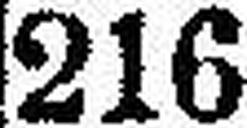
216